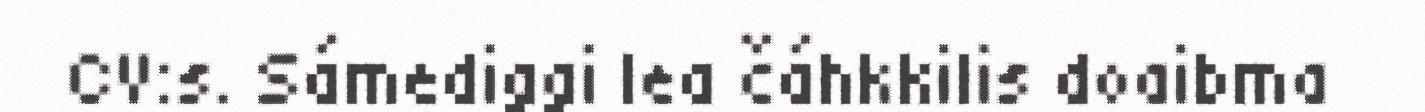
CV:s. Sámediggi lea čáhkkilis doaibma